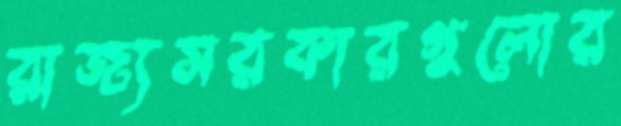
রাজ্যসরকারগুলোর